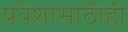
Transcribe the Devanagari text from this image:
प्रवेशासाठीही